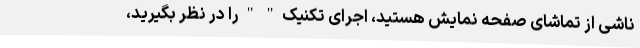
ناشی از تماشای صفحه نمایش هستید، اجرای تکنیک " " را در نظر بگیرید،